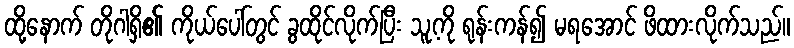
ထို့နောက် တိုဂါရှိ၏ ကိုယ်ပေါ်တွင် ခွထိုင်လိုက်ပြီး သူ့ကို ရုန်းကန်၍ မရအောင် ဖိထားလိုက်သည်။